Report of the Indian Hemp Drugs Commission, 1894-1895 - Volume IV
Year: 1894
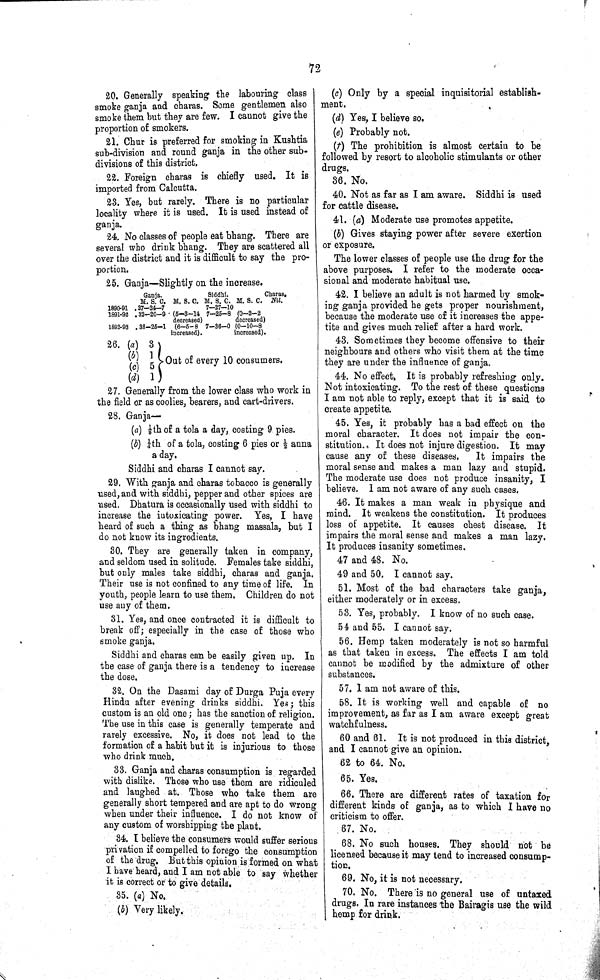
72
20. Generally speaking the labouring class
smoke ganja and charas. Some gentlemen also
smoke them but they are few. I cannot give the
proportion of smokers.
21. Chur is preferred for smoking in Kushtia
sub-division and round ganja in the other sub¬
divisions of this district.
22. Foreign charas is chiefly used. It is
imported from Calcutta.
23. Yes, but rarely. There is no particular
locality where it is used. It is used instead of
ganja.
24. No classes of people eat bhang. There are
several who drink bhang. They are scattered all
over the district and it is difficult to say the pro¬
portion.
25. Ganja—Slightly on the increase.
Ganja.
Siddhi.
Charas.
M. S. C. M. S. C. M. S. C. M. S. C. Nil.
1890-91 37—24—7
7—27—10
1891-92 32—20—9 (5—3—14
decreased)
7—25—8 (0—2—2
decreased)
1892-93 38-25-1 (6-5-8
increased).
7—36—0 (0—10—8
increased).
26. (a) 3
(b) 1
(c) 5
(d) 1
Out of every 10 consumers.
27. Generally from the lower class who work in
the field or as coolies, bearers, and cart-drivers.
28. Ganja—
(a) 1/8th of a tola a day, costing 9 pies.
(b) 1/4th of a tola, costing 6 pies or 1/2 anna
a day.
Siddhi and charas I cannot say.
29. With ganja and charas tobacco is generally
used, and with siddhi, pepper and other spices are
used. Dhatura is occasionally used with siddhi to
increase the intoxicating power. Yes, I have
heard of such a thing as bhang massala, but I
do not know its ingredients.
30. They are generally taken in company,
and seldom used in solitude. Females take siddhi,
but only males take siddhi, charas and ganja.
Their use is not confined to any time of life. In
youth, people learn to use them. Children do not
use any of them.
31. Yes, and once contracted it is difficult to
break off; especially in the case of those who
smoke ganja.
Siddhi and charas can be easily given up. In
the case of ganja there is a tendency to increase
the dose.
32. On the Dasami day of Durga Puja every
Hindu after evening drinks siddhi. Yes; this
custom is an old one; has the sanction of religion.
The use in this case is generally temperate and
rarely excessive. No, it does not lead to the
formation of a habit but it is injurious to those
who drink much.
33. Ganja and charas consumption is regarded
with dislike. Those who use them are ridiculed
and laughed at. Those who take them are
generally short tempered and are apt to do wrong
when under their influence. I do not know of
any custom of worshipping the plant.
34. I believe the consumers would suffer serious
privation if compelled to forego the consumption
of the drug. But this opinion is formed on what
I have heard, and I am not able to say whether
it is correct or to give details.
35. (a) No.
(b) Very likely.
(c) Only by a special inquisitorial establish¬
ment.
(d) Yes, I believe so.
(e) Probably not.
(f) The prohibition is almost certain to be
followed by resort to alcoholic stimulants or other
drugs.
36. No.
40. Not as far as I am aware. Siddhi is used
for cattle disease.
41. (a) Moderate use promotes appetite.
(b) Gives staying power after severe exertion
or exposure.
The lower classes of people use the drug for the
above purposes. I refer to the moderate occa¬
sional and moderate habitual use.
42. I believe an adult is not harmed by smok¬
ing ganja provided he gets proper nourishment,
because the moderate use of it increases the appe¬
tite and gives much relief after a hard work.
43. Sometimes they become offensive to their
neighbours and others who visit them at the time
they are under the influence of ganja.
44. No effect, It is probably refreshing only.
Not intoxicating. To the rest of these questions
I am not able to reply, except that it is said to
create appetite.
45. Yes, it probably has a bad effect on the
moral character. It does not impair the con¬
stitution. It does not injure digestion. It may
cause any of these diseases. It impairs the
moral sense and makes a man lazy and stupid.
The moderate use does not produce insanity, I
believe. I am not aware of any such cases.
46. It makes a man weak in physique and
mind. It weakens the constitution. It produces
loss of appetite. It causes chest disease. It
impairs the moral sense and makes a man lazy.
It produces insanity sometimes.
47 and 48. No.
49 and 50. I cannot say.
51. Most of the bad characters take ganja,
either moderately or in excess.
53. Yes, probably. I know of no such case.
54 and 55. I cannot say.
56. Hemp taken moderately is not so harmful
as that taken in excess. The effects I am told
cannot be modified by the admixture of other
substances.
57. I am not aware of this.
58. It is working well and capable of no
improvement, as far as I am aware except great
watchfulness.
60 and 61. It is not produced in this district,
and I cannot give an opinion.
62 to 64. No.
65. Yes.
66. There are different rates of taxation for
different kinds of ganja, as to which I have no
criticism to offer.
67. No.
68. No such houses. They should not be
licensed because it may tend to increased consump¬
tion.
69. No, it is not necessary.
70. No. There is no general use of untaxed
drugs. In rare instances the Bairagis use the wild
hemp for drink.